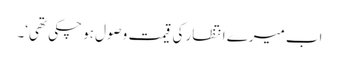
اب میرے انتظار کی قیمت وصول ہو چکی تھی‘۔